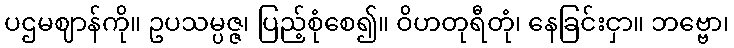
ပဌမဈာန်ကို။ ဥပသမ္ပဇ္ဇ၊ ပြည့်စုံစေ၍။ ဝိဟတုရီတုံ၊ နေခြင်းငှာ။ ဘဗ္ဗော၊